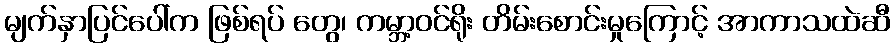
မျက်နှာပြင်ပေါ်က ဖြစ်ရပ် တွေ၊ ကမ္ဘာ့ဝင်ရိုး တိမ်းစောင်းမှုကြောင့် အာကာသထဲဆီ